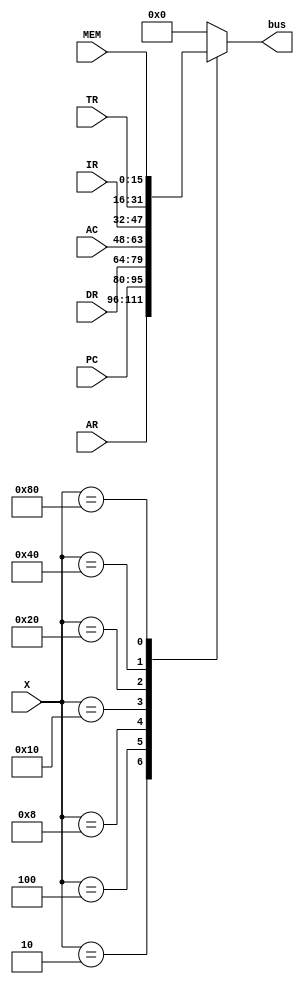
`timescale 1ns / 1ps
//////////////////////////////////////////////////////////////////////////////////
// Company: 
// Engineer: 
// 
// Design Name: 
// Module Name: bus
// Project Name: 
// Target Devices: 
// Tool Versions: 
// Description: 
// 
// Dependencies: 
// 
// Revision:
// Revision 0.01 - File Created
// Additional Comments:
// 
//////////////////////////////////////////////////////////////////////////////////


module bus(
input [7:0] X,
input [15:0] AR,PC,DR,AC,IR,TR,MEM,
output reg [15:0] bus
);
always @* begin
case(X)

  16'h01 : bus = 0;
  16'h02 : bus = AR;
  16'h04 : bus = PC;
  16'h08 : bus = DR;
  16'h10 : bus = AC;
  16'h20 : bus = IR;
  16'h40 : bus = TR;
  16'h80 : bus = MEM;
  default bus=0;

  

endcase
end





endmodule